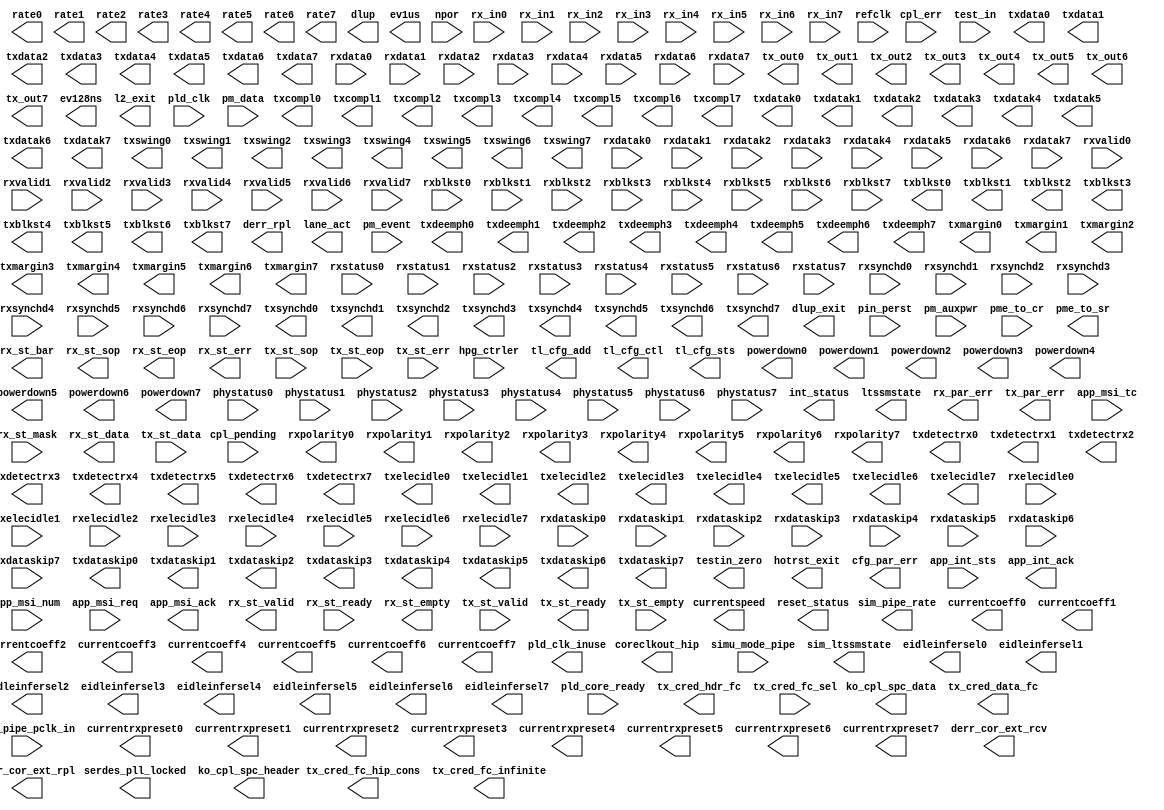
module p1b (
		input  wire [4:0]   hpg_ctrler,          //      config_tl.hpg_ctrler
		output wire [3:0]   tl_cfg_add,          //               .tl_cfg_add
		output wire [31:0]  tl_cfg_ctl,          //               .tl_cfg_ctl
		output wire [52:0]  tl_cfg_sts,          //               .tl_cfg_sts
		input  wire [6:0]   cpl_err,             //               .cpl_err
		input  wire         cpl_pending,         //               .cpl_pending
		output wire         coreclkout_hip,      // coreclkout_hip.clk
		output wire [1:0]   currentspeed,        //   currentspeed.currentspeed
		input  wire [31:0]  test_in,             //       hip_ctrl.test_in
		input  wire         simu_mode_pipe,      //               .simu_mode_pipe
		input  wire         sim_pipe_pclk_in,    //       hip_pipe.sim_pipe_pclk_in
		output wire [1:0]   sim_pipe_rate,       //               .sim_pipe_rate
		output wire [4:0]   sim_ltssmstate,      //               .sim_ltssmstate
		output wire [2:0]   eidleinfersel0,      //               .eidleinfersel0
		output wire [2:0]   eidleinfersel1,      //               .eidleinfersel1
		output wire [2:0]   eidleinfersel2,      //               .eidleinfersel2
		output wire [2:0]   eidleinfersel3,      //               .eidleinfersel3
		output wire [2:0]   eidleinfersel4,      //               .eidleinfersel4
		output wire [2:0]   eidleinfersel5,      //               .eidleinfersel5
		output wire [2:0]   eidleinfersel6,      //               .eidleinfersel6
		output wire [2:0]   eidleinfersel7,      //               .eidleinfersel7
		output wire [1:0]   powerdown0,          //               .powerdown0
		output wire [1:0]   powerdown1,          //               .powerdown1
		output wire [1:0]   powerdown2,          //               .powerdown2
		output wire [1:0]   powerdown3,          //               .powerdown3
		output wire [1:0]   powerdown4,          //               .powerdown4
		output wire [1:0]   powerdown5,          //               .powerdown5
		output wire [1:0]   powerdown6,          //               .powerdown6
		output wire [1:0]   powerdown7,          //               .powerdown7
		output wire         rxpolarity0,         //               .rxpolarity0
		output wire         rxpolarity1,         //               .rxpolarity1
		output wire         rxpolarity2,         //               .rxpolarity2
		output wire         rxpolarity3,         //               .rxpolarity3
		output wire         rxpolarity4,         //               .rxpolarity4
		output wire         rxpolarity5,         //               .rxpolarity5
		output wire         rxpolarity6,         //               .rxpolarity6
		output wire         rxpolarity7,         //               .rxpolarity7
		output wire         txcompl0,            //               .txcompl0
		output wire         txcompl1,            //               .txcompl1
		output wire         txcompl2,            //               .txcompl2
		output wire         txcompl3,            //               .txcompl3
		output wire         txcompl4,            //               .txcompl4
		output wire         txcompl5,            //               .txcompl5
		output wire         txcompl6,            //               .txcompl6
		output wire         txcompl7,            //               .txcompl7
		output wire [31:0]  txdata0,             //               .txdata0
		output wire [31:0]  txdata1,             //               .txdata1
		output wire [31:0]  txdata2,             //               .txdata2
		output wire [31:0]  txdata3,             //               .txdata3
		output wire [31:0]  txdata4,             //               .txdata4
		output wire [31:0]  txdata5,             //               .txdata5
		output wire [31:0]  txdata6,             //               .txdata6
		output wire [31:0]  txdata7,             //               .txdata7
		output wire [3:0]   txdatak0,            //               .txdatak0
		output wire [3:0]   txdatak1,            //               .txdatak1
		output wire [3:0]   txdatak2,            //               .txdatak2
		output wire [3:0]   txdatak3,            //               .txdatak3
		output wire [3:0]   txdatak4,            //               .txdatak4
		output wire [3:0]   txdatak5,            //               .txdatak5
		output wire [3:0]   txdatak6,            //               .txdatak6
		output wire [3:0]   txdatak7,            //               .txdatak7
		output wire         txdetectrx0,         //               .txdetectrx0
		output wire         txdetectrx1,         //               .txdetectrx1
		output wire         txdetectrx2,         //               .txdetectrx2
		output wire         txdetectrx3,         //               .txdetectrx3
		output wire         txdetectrx4,         //               .txdetectrx4
		output wire         txdetectrx5,         //               .txdetectrx5
		output wire         txdetectrx6,         //               .txdetectrx6
		output wire         txdetectrx7,         //               .txdetectrx7
		output wire         txelecidle0,         //               .txelecidle0
		output wire         txelecidle1,         //               .txelecidle1
		output wire         txelecidle2,         //               .txelecidle2
		output wire         txelecidle3,         //               .txelecidle3
		output wire         txelecidle4,         //               .txelecidle4
		output wire         txelecidle5,         //               .txelecidle5
		output wire         txelecidle6,         //               .txelecidle6
		output wire         txelecidle7,         //               .txelecidle7
		output wire         txdeemph0,           //               .txdeemph0
		output wire         txdeemph1,           //               .txdeemph1
		output wire         txdeemph2,           //               .txdeemph2
		output wire         txdeemph3,           //               .txdeemph3
		output wire         txdeemph4,           //               .txdeemph4
		output wire         txdeemph5,           //               .txdeemph5
		output wire         txdeemph6,           //               .txdeemph6
		output wire         txdeemph7,           //               .txdeemph7
		output wire [2:0]   txmargin0,           //               .txmargin0
		output wire [2:0]   txmargin1,           //               .txmargin1
		output wire [2:0]   txmargin2,           //               .txmargin2
		output wire [2:0]   txmargin3,           //               .txmargin3
		output wire [2:0]   txmargin4,           //               .txmargin4
		output wire [2:0]   txmargin5,           //               .txmargin5
		output wire [2:0]   txmargin6,           //               .txmargin6
		output wire [2:0]   txmargin7,           //               .txmargin7
		output wire         txswing0,            //               .txswing0
		output wire         txswing1,            //               .txswing1
		output wire         txswing2,            //               .txswing2
		output wire         txswing3,            //               .txswing3
		output wire         txswing4,            //               .txswing4
		output wire         txswing5,            //               .txswing5
		output wire         txswing6,            //               .txswing6
		output wire         txswing7,            //               .txswing7
		input  wire         phystatus0,          //               .phystatus0
		input  wire         phystatus1,          //               .phystatus1
		input  wire         phystatus2,          //               .phystatus2
		input  wire         phystatus3,          //               .phystatus3
		input  wire         phystatus4,          //               .phystatus4
		input  wire         phystatus5,          //               .phystatus5
		input  wire         phystatus6,          //               .phystatus6
		input  wire         phystatus7,          //               .phystatus7
		input  wire [31:0]  rxdata0,             //               .rxdata0
		input  wire [31:0]  rxdata1,             //               .rxdata1
		input  wire [31:0]  rxdata2,             //               .rxdata2
		input  wire [31:0]  rxdata3,             //               .rxdata3
		input  wire [31:0]  rxdata4,             //               .rxdata4
		input  wire [31:0]  rxdata5,             //               .rxdata5
		input  wire [31:0]  rxdata6,             //               .rxdata6
		input  wire [31:0]  rxdata7,             //               .rxdata7
		input  wire [3:0]   rxdatak0,            //               .rxdatak0
		input  wire [3:0]   rxdatak1,            //               .rxdatak1
		input  wire [3:0]   rxdatak2,            //               .rxdatak2
		input  wire [3:0]   rxdatak3,            //               .rxdatak3
		input  wire [3:0]   rxdatak4,            //               .rxdatak4
		input  wire [3:0]   rxdatak5,            //               .rxdatak5
		input  wire [3:0]   rxdatak6,            //               .rxdatak6
		input  wire [3:0]   rxdatak7,            //               .rxdatak7
		input  wire         rxelecidle0,         //               .rxelecidle0
		input  wire         rxelecidle1,         //               .rxelecidle1
		input  wire         rxelecidle2,         //               .rxelecidle2
		input  wire         rxelecidle3,         //               .rxelecidle3
		input  wire         rxelecidle4,         //               .rxelecidle4
		input  wire         rxelecidle5,         //               .rxelecidle5
		input  wire         rxelecidle6,         //               .rxelecidle6
		input  wire         rxelecidle7,         //               .rxelecidle7
		input  wire [2:0]   rxstatus0,           //               .rxstatus0
		input  wire [2:0]   rxstatus1,           //               .rxstatus1
		input  wire [2:0]   rxstatus2,           //               .rxstatus2
		input  wire [2:0]   rxstatus3,           //               .rxstatus3
		input  wire [2:0]   rxstatus4,           //               .rxstatus4
		input  wire [2:0]   rxstatus5,           //               .rxstatus5
		input  wire [2:0]   rxstatus6,           //               .rxstatus6
		input  wire [2:0]   rxstatus7,           //               .rxstatus7
		input  wire         rxvalid0,            //               .rxvalid0
		input  wire         rxvalid1,            //               .rxvalid1
		input  wire         rxvalid2,            //               .rxvalid2
		input  wire         rxvalid3,            //               .rxvalid3
		input  wire         rxvalid4,            //               .rxvalid4
		input  wire         rxvalid5,            //               .rxvalid5
		input  wire         rxvalid6,            //               .rxvalid6
		input  wire         rxvalid7,            //               .rxvalid7
		input  wire         rxdataskip0,         //               .rxdataskip0
		input  wire         rxdataskip1,         //               .rxdataskip1
		input  wire         rxdataskip2,         //               .rxdataskip2
		input  wire         rxdataskip3,         //               .rxdataskip3
		input  wire         rxdataskip4,         //               .rxdataskip4
		input  wire         rxdataskip5,         //               .rxdataskip5
		input  wire         rxdataskip6,         //               .rxdataskip6
		input  wire         rxdataskip7,         //               .rxdataskip7
		input  wire         rxblkst0,            //               .rxblkst0
		input  wire         rxblkst1,            //               .rxblkst1
		input  wire         rxblkst2,            //               .rxblkst2
		input  wire         rxblkst3,            //               .rxblkst3
		input  wire         rxblkst4,            //               .rxblkst4
		input  wire         rxblkst5,            //               .rxblkst5
		input  wire         rxblkst6,            //               .rxblkst6
		input  wire         rxblkst7,            //               .rxblkst7
		input  wire [1:0]   rxsynchd0,           //               .rxsynchd0
		input  wire [1:0]   rxsynchd1,           //               .rxsynchd1
		input  wire [1:0]   rxsynchd2,           //               .rxsynchd2
		input  wire [1:0]   rxsynchd3,           //               .rxsynchd3
		input  wire [1:0]   rxsynchd4,           //               .rxsynchd4
		input  wire [1:0]   rxsynchd5,           //               .rxsynchd5
		input  wire [1:0]   rxsynchd6,           //               .rxsynchd6
		input  wire [1:0]   rxsynchd7,           //               .rxsynchd7
		output wire [17:0]  currentcoeff0,       //               .currentcoeff0
		output wire [17:0]  currentcoeff1,       //               .currentcoeff1
		output wire [17:0]  currentcoeff2,       //               .currentcoeff2
		output wire [17:0]  currentcoeff3,       //               .currentcoeff3
		output wire [17:0]  currentcoeff4,       //               .currentcoeff4
		output wire [17:0]  currentcoeff5,       //               .currentcoeff5
		output wire [17:0]  currentcoeff6,       //               .currentcoeff6
		output wire [17:0]  currentcoeff7,       //               .currentcoeff7
		output wire [2:0]   currentrxpreset0,    //               .currentrxpreset0
		output wire [2:0]   currentrxpreset1,    //               .currentrxpreset1
		output wire [2:0]   currentrxpreset2,    //               .currentrxpreset2
		output wire [2:0]   currentrxpreset3,    //               .currentrxpreset3
		output wire [2:0]   currentrxpreset4,    //               .currentrxpreset4
		output wire [2:0]   currentrxpreset5,    //               .currentrxpreset5
		output wire [2:0]   currentrxpreset6,    //               .currentrxpreset6
		output wire [2:0]   currentrxpreset7,    //               .currentrxpreset7
		output wire [1:0]   txsynchd0,           //               .txsynchd0
		output wire [1:0]   txsynchd1,           //               .txsynchd1
		output wire [1:0]   txsynchd2,           //               .txsynchd2
		output wire [1:0]   txsynchd3,           //               .txsynchd3
		output wire [1:0]   txsynchd4,           //               .txsynchd4
		output wire [1:0]   txsynchd5,           //               .txsynchd5
		output wire [1:0]   txsynchd6,           //               .txsynchd6
		output wire [1:0]   txsynchd7,           //               .txsynchd7
		output wire         txblkst0,            //               .txblkst0
		output wire         txblkst1,            //               .txblkst1
		output wire         txblkst2,            //               .txblkst2
		output wire         txblkst3,            //               .txblkst3
		output wire         txblkst4,            //               .txblkst4
		output wire         txblkst5,            //               .txblkst5
		output wire         txblkst6,            //               .txblkst6
		output wire         txblkst7,            //               .txblkst7
		output wire         txdataskip0,         //               .txdataskip0
		output wire         txdataskip1,         //               .txdataskip1
		output wire         txdataskip2,         //               .txdataskip2
		output wire         txdataskip3,         //               .txdataskip3
		output wire         txdataskip4,         //               .txdataskip4
		output wire         txdataskip5,         //               .txdataskip5
		output wire         txdataskip6,         //               .txdataskip6
		output wire         txdataskip7,         //               .txdataskip7
		output wire [1:0]   rate0,               //               .rate0
		output wire [1:0]   rate1,               //               .rate1
		output wire [1:0]   rate2,               //               .rate2
		output wire [1:0]   rate3,               //               .rate3
		output wire [1:0]   rate4,               //               .rate4
		output wire [1:0]   rate5,               //               .rate5
		output wire [1:0]   rate6,               //               .rate6
		output wire [1:0]   rate7,               //               .rate7
		input  wire         pld_core_ready,      //        hip_rst.pld_core_ready
		output wire         pld_clk_inuse,       //               .pld_clk_inuse
		output wire         serdes_pll_locked,   //               .serdes_pll_locked
		output wire         reset_status,        //               .reset_status
		output wire         testin_zero,         //               .testin_zero
		input  wire         rx_in0,              //     hip_serial.rx_in0
		input  wire         rx_in1,              //               .rx_in1
		input  wire         rx_in2,              //               .rx_in2
		input  wire         rx_in3,              //               .rx_in3
		input  wire         rx_in4,              //               .rx_in4
		input  wire         rx_in5,              //               .rx_in5
		input  wire         rx_in6,              //               .rx_in6
		input  wire         rx_in7,              //               .rx_in7
		output wire         tx_out0,             //               .tx_out0
		output wire         tx_out1,             //               .tx_out1
		output wire         tx_out2,             //               .tx_out2
		output wire         tx_out3,             //               .tx_out3
		output wire         tx_out4,             //               .tx_out4
		output wire         tx_out5,             //               .tx_out5
		output wire         tx_out6,             //               .tx_out6
		output wire         tx_out7,             //               .tx_out7
		output wire         derr_cor_ext_rcv,    //     hip_status.derr_cor_ext_rcv
		output wire         derr_cor_ext_rpl,    //               .derr_cor_ext_rpl
		output wire         derr_rpl,            //               .derr_rpl
		output wire         dlup,                //               .dlup
		output wire         dlup_exit,           //               .dlup_exit
		output wire         ev128ns,             //               .ev128ns
		output wire         ev1us,               //               .ev1us
		output wire         hotrst_exit,         //               .hotrst_exit
		output wire [3:0]   int_status,          //               .int_status
		output wire         l2_exit,             //               .l2_exit
		output wire [3:0]   lane_act,            //               .lane_act
		output wire [4:0]   ltssmstate,          //               .ltssmstate
		output wire         rx_par_err,          //               .rx_par_err
		output wire [1:0]   tx_par_err,          //               .tx_par_err
		output wire         cfg_par_err,         //               .cfg_par_err
		output wire [7:0]   ko_cpl_spc_header,   //               .ko_cpl_spc_header
		output wire [11:0]  ko_cpl_spc_data,     //               .ko_cpl_spc_data
		input  wire         app_int_sts,         //        int_msi.app_int_sts
		output wire         app_int_ack,         //               .app_int_ack
		input  wire [4:0]   app_msi_num,         //               .app_msi_num
		input  wire         app_msi_req,         //               .app_msi_req
		input  wire [2:0]   app_msi_tc,          //               .app_msi_tc
		output wire         app_msi_ack,         //               .app_msi_ack
		input  wire         npor,                //           npor.npor
		input  wire         pin_perst,           //               .pin_perst
		input  wire         pld_clk,             //        pld_clk.clk
		input  wire         pm_auxpwr,           //     power_mgnt.pm_auxpwr
		input  wire [9:0]   pm_data,             //               .pm_data
		input  wire         pme_to_cr,           //               .pme_to_cr
		input  wire         pm_event,            //               .pm_event
		output wire         pme_to_sr,           //               .pme_to_sr
		input  wire         refclk,              //         refclk.clk
		output wire [7:0]   rx_st_bar,           //         rx_bar.rx_st_bar
		input  wire         rx_st_mask,          //               .rx_st_mask
		output wire [0:0]   rx_st_sop,           //          rx_st.startofpacket
		output wire [0:0]   rx_st_eop,           //               .endofpacket
		output wire [0:0]   rx_st_err,           //               .error
		output wire [0:0]   rx_st_valid,         //               .valid
		input  wire         rx_st_ready,         //               .ready
		output wire [127:0] rx_st_data,          //               .data
		output wire [0:0]   rx_st_empty,         //               .empty
		output wire [11:0]  tx_cred_data_fc,     //        tx_cred.tx_cred_data_fc
		output wire [5:0]   tx_cred_fc_hip_cons, //               .tx_cred_fc_hip_cons
		output wire [5:0]   tx_cred_fc_infinite, //               .tx_cred_fc_infinite
		output wire [7:0]   tx_cred_hdr_fc,      //               .tx_cred_hdr_fc
		input  wire [1:0]   tx_cred_fc_sel,      //               .tx_cred_fc_sel
		input  wire [0:0]   tx_st_sop,           //          tx_st.startofpacket
		input  wire [0:0]   tx_st_eop,           //               .endofpacket
		input  wire [0:0]   tx_st_err,           //               .error
		input  wire [0:0]   tx_st_valid,         //               .valid
		output wire         tx_st_ready,         //               .ready
		input  wire [127:0] tx_st_data,          //               .data
		input  wire [0:0]   tx_st_empty          //               .empty
	);
endmodule